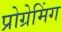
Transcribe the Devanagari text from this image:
प्रोग्रेमिंग